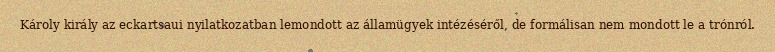
Károly király az eckartsaui nyilatkozatban lemondott az államügyek intézéséről, de formálisan nem mondott le a trónról.